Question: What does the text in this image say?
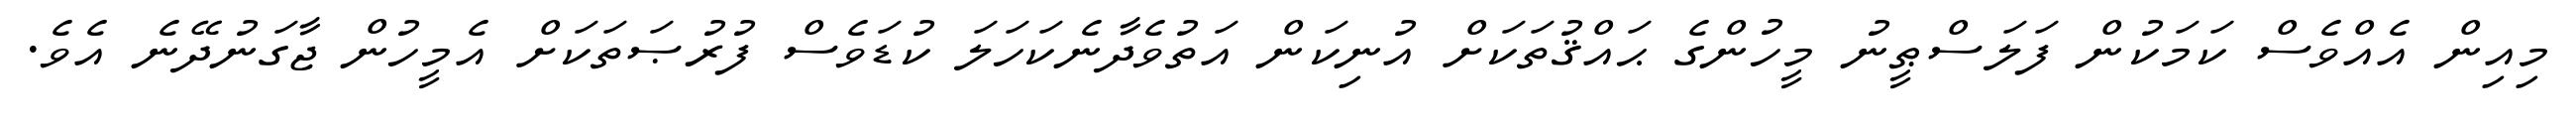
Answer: މިއިން އެއްވެސް ކަމަކުން ފަލަސްޠީނު މީހުންގެ ޙައްޤުތަކަށް އުނިކަން އަތުވެދާނެކަހަލަ ކުޑަވެސް ފުރުޞަތަކަށް އެމީހުން ޖާގަނުދޭނެ އެވެ.